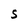
Character: S